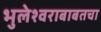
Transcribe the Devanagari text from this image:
भुलेश्वराबाबतचा